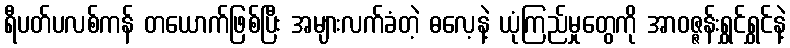
ရီပတ်ပလစ်ကန် တယောက်ဖြစ်ပြီး အများလက်ခံတဲ့ ဓလေ့နဲ့ ယုံကြည်မှုတွေကို အာဝဇ္ဇန်းရွှင်ရွှင်နဲ့